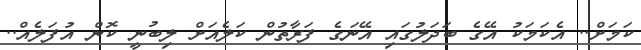
ކަމަށް.. އެކަމަކު އޭގެ ބަދަލުގައި އޭނަގެ ފަރާތުން ކަލެއަށް ލިބުނީ ކޮން އުފަލެއް..